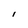
Character: I